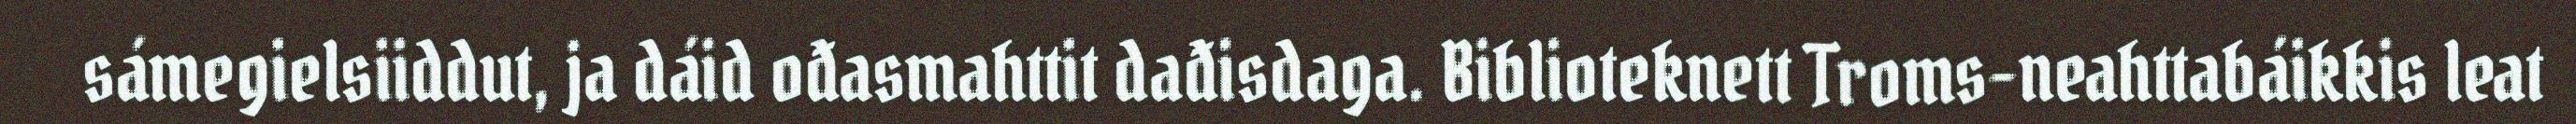
sámegielsiiddut, ja dáid ođasmahttit dađisdaga. Biblioteknett Troms-neahttabáikkis leat